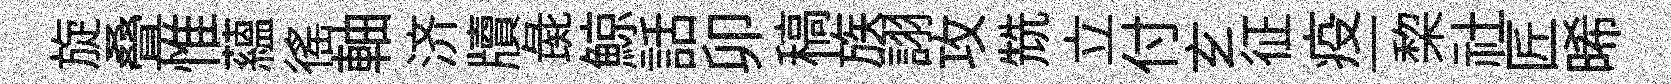
旋叠惟蘊徭軸济牘彘鯨話卯稿族詡攻兟立付𤣥征疫一棃社匠晞